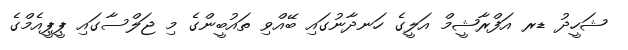
ޝަހީދު ޑރ އަފްރާޝީމް އަލީގެ ހަނދާނުގައި ބޭއްވި ތައުބީންގެ މި ޖަލްސާގައި ޕީޕީއެމްގެ